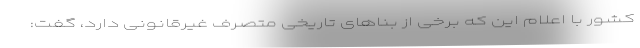
کشور با اعلام این که برخی از بناهای تاریخی متصرف غیرقانونی دارد، گفت: